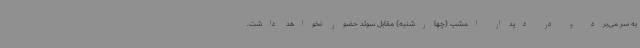
به سر می‌برد و در دیدار امشب (چهارشنبه) مقابل سوئد حضور نخواهد داشت.